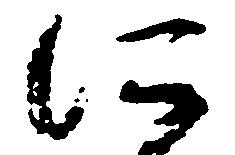
に